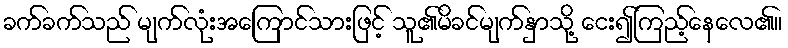
ခက်ခက်သည် မျက်လုံးအကြောင်သားဖြင့် သူ၏မိခင်မျက်နှာသို့ ငေး၍ကြည့်နေလေ၏။